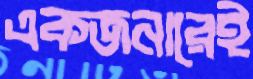
একজনারেই